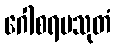
ဂေါစရပသုတံ